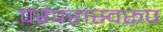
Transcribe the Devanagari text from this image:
परंपरास्वरूप